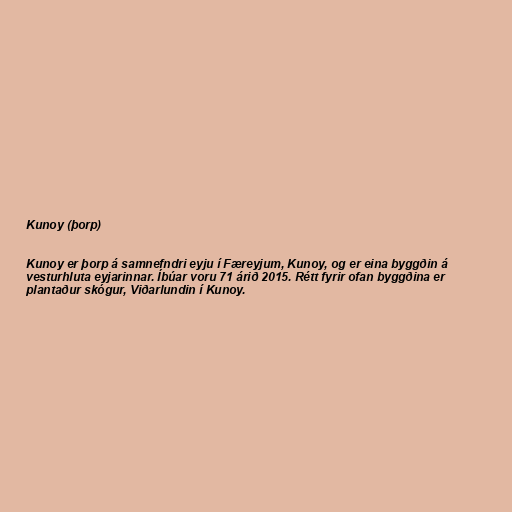
Kunoy (þorp)

Kunoy er þorp á samnefndri eyju í Færeyjum, Kunoy, og er eina byggðin á
vesturhluta eyjarinnar. Íbúar voru 71 árið 2015. Rétt fyrir ofan byggðina er
plantaður skógur, Viðarlundin í Kunoy.